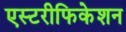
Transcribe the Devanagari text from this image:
एस्टरीफिकेशन